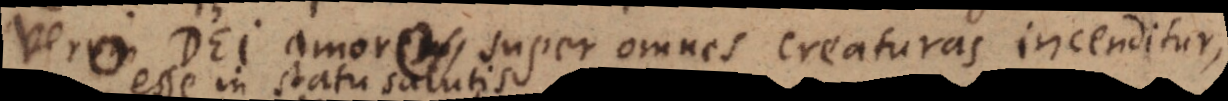
vero Dei amore, super omnes creaturas incenditur,